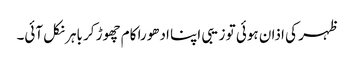
ظہر کی اذان ہوئی تو زیبی اپنا ادھورا کام چھوڑ کر باہر نکل آئی۔